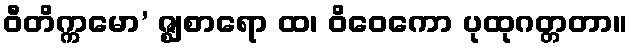
ဝီတိက္ကမော’ ဇ္ဈစာရော ထ၊ ဝိဝေကော ပုထုဂတ္တတာ။